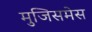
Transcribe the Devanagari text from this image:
मुजिसमेस